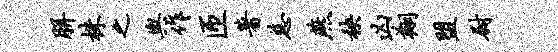
胼株之舆作匝著慈燕秧凶翔盟尉